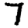
Digit: 7